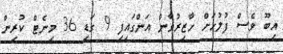
އިބޫ ވެސް ފުލުހަށް ހާޒިރުވާން އަންގައިފި 9 ގަޑި 36 މިނެޓް ކުރިން